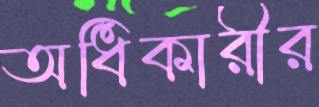
অধিকারীর